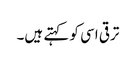
ترقی اسی کو کہتے ہیں۔